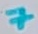
Text: 7